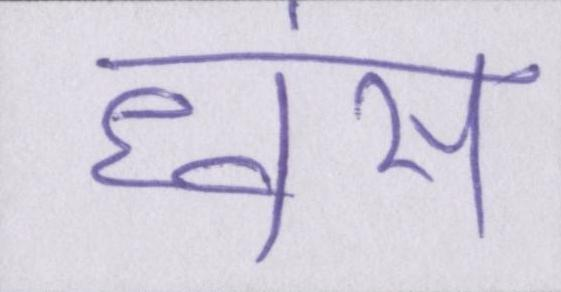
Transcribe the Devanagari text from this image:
ध्वंस